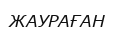
ЖАУРАҒАН